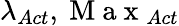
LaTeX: \lambda_{Act},\mathrm{~M~a~x~}_{Act}